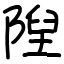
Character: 隉